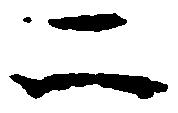
二